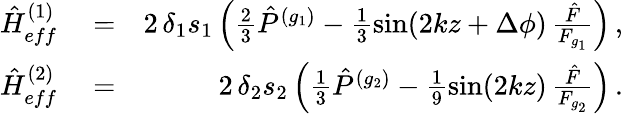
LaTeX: \begin{array}{rlr}{{\hat{H}}_{eff}^{(1)}}&{{}=}&{2\, \delta_{1}s_{1}\left(\frac{2}{3}{\hat{P}}^{(g_{1})}-\frac{1}{3}\sin(2kz+\Delta\phi)\, \frac{{\hat{F}}}{F_{g_{1}}}\right)\, ,}\\ {{\hat{H}}_{eff}^{(2)}}&{{}=}&{2\, \delta_{2}s_{2}\left(\frac{1}{3}{\hat{P}}^{(g_{2})}-\frac{1}{9}\sin(2kz)\, \frac{{\hat{F}}}{F_{g_{2}}}\right)\, .}\end{array}